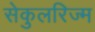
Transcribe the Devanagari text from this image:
सेकुलरिज्म